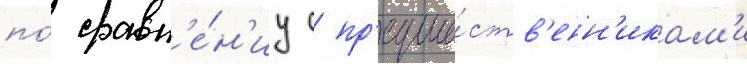
по́ сравн'е́н'иу с пр'едше́ств'енн'икам'и